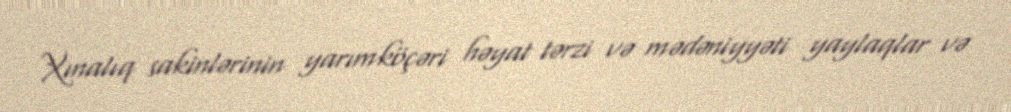
Xınalıq sakinlərinin yarımköçəri həyat tərzi və mədəniyyəti yaylaqlar və